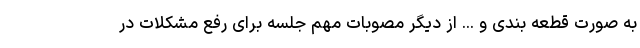
به صورت قطعه بندی و ... از دیگر مصوبات مهم جلسه برای رفع مشکلات در